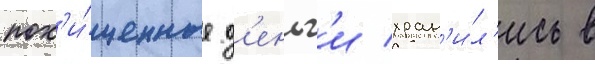
пох'и́щенные д'еньг'и хран'и́л'ись в